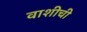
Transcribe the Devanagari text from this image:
वाशीची